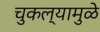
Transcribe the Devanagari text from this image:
चुकल्यामुळे